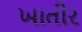
ખાતીર